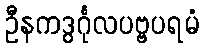
ဦနကဒွင်္ဂုလပဗ္ဗပရမံ